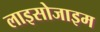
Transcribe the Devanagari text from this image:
लाइसोजाइम